Scottish Leaving Certificate Examination, 1953
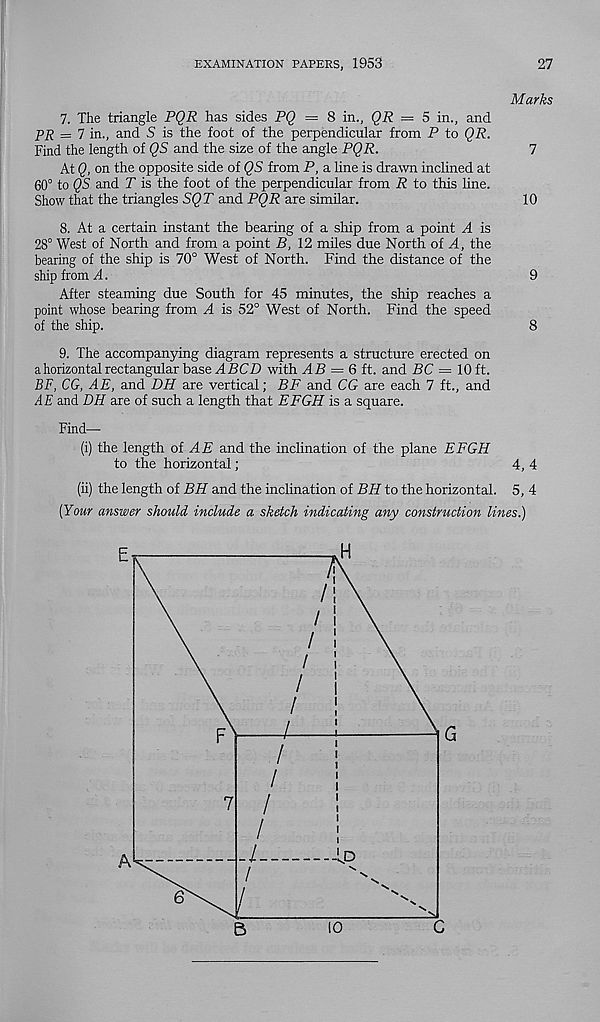
EXAMINATION PAPERS, 1953
27
Marks
1. The triangle PQR has sides PQ — 8 in., QR = 5 in., and
PR — 7 in., and S is the foot of the perpendicular from P to QR.
Find the length of QS and the size of the angle PQR.
7
At Q, on the opposite side of QS from P, a line is drawn inclined at
60° to QS and T is the foot of the perpendicular from R to this line.
Show that the triangles SQT and PQR are similar.
10
8. At a certain instant the bearing of a ship from a point A is
28° West of North and from a point B, 12 miles due North of A, the
bearing of the ship is 70° West of North. Find the distance of the
ship from A.
9
After steaming due South for 45 minutes, the ship reaches a
point whose bearing from A is 52° West of North. Find the speed
of the ship.
8
9. The accompanying diagram represents a structure erected on
a horizontal rectangular base 4 BCZ1 with AB = 6 ft. and BC — 10ft.
BF, CG, AE, and DH are vertical; BF and CG are each 7 ft., and
AE and DH are of such a length that EFGH is a square.
Find—
(i) the length oi AE and the inclination of the plane EFGH
to the horizontal;
4, 4
(ii) the length of BH and the inclination of BH to the horizontal. 5, 4
[Your answer should include a sketch indicating any construction lines.)